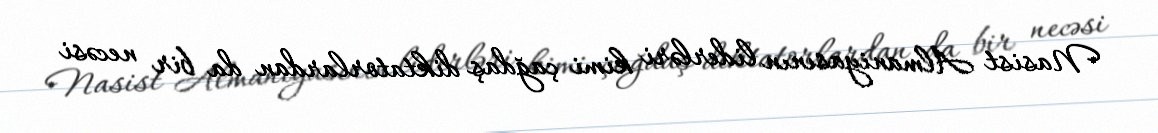
Nasist Almaniyasının liderləri kimi çağdaş diktatorlardan da bir necəsi